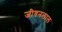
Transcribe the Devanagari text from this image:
जीवनलाल